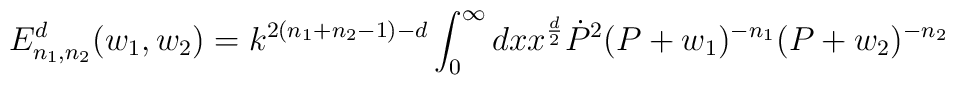
E_{n_1,n_2}^d(w_1,w_2) =k^{2(n_1+n_2-1)-d}\int_{0}^\infty{d}xx^{\frac{d}{2}}\dot{P}^2(P+w_1)^{-n_1}(P+w_2)^{-n_2}